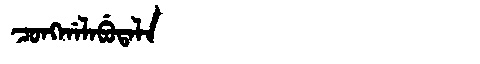
Manchu: ᠴᠣᠩᡤᠠᠯᠠᠪᡠᡨᠠᠯᠠ
Romanization: CONGGALABUTALA